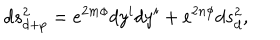
d s _ { d + p } ^ { 2 } = e ^ { 2 m \phi } d y ^ { i } d y ^ { i } + e ^ { 2 n \phi } d s _ { d } ^ { 2 } ,